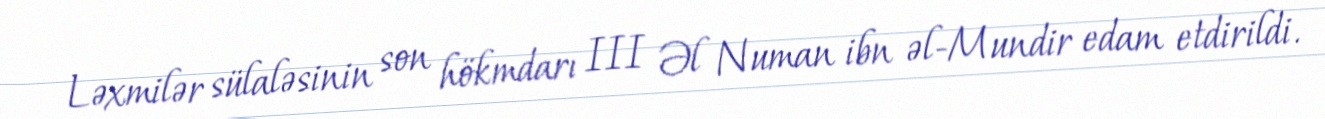
Ləxmilər sülaləsinin son hökmdarı III Əl Numan ibn əl-Mundir edam etdirildi.